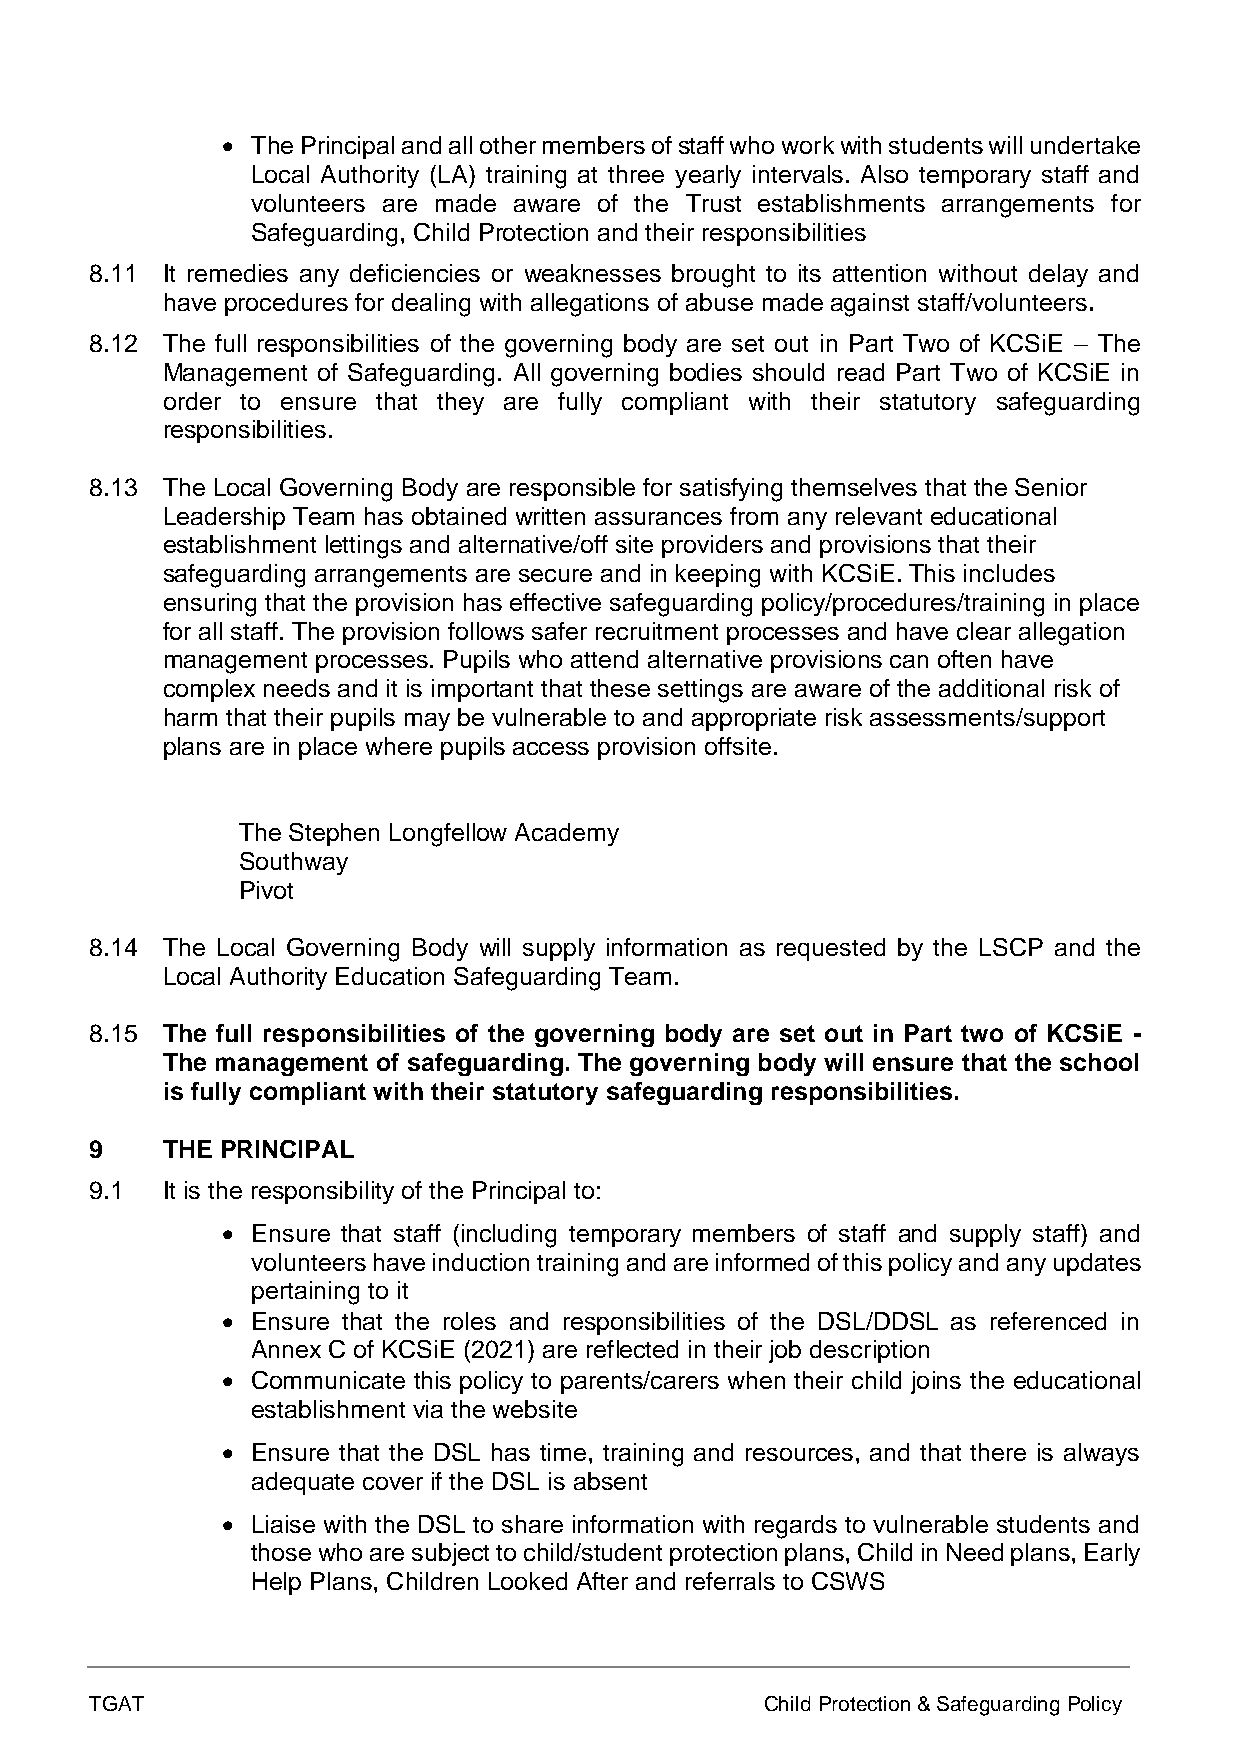
• The Principal and all other members of staff who work with students will undertake
 Local Authority (LA) training at three yearly intervals. Also temporary staff and
 volunteers are made aware of the Trust establishments arrangements for
 Safeguarding, Child Protection and their responsibilities
 8.11 It remedies any deficiencies or weaknesses brought to its attention without delay and
 have procedures for dealing with allegations of abuse made against staff/volunteers.
 8.12 The full responsibilities of the governing body are set out in Part Two of KCSiE – The
 Management of Safeguarding. All governing bodies should read Part Two of KCSiE in
 order to ensure that they are fully compliant with their statutory safeguarding
 responsibilities.
 8.13 The Local Governing Body are responsible for satisfying themselves that the Senior
 Leadership Team has obtained written assurances from any relevant educational
 establishment lettings and alternative/off site providers and provisions that their
 safeguarding arrangements are secure and in keeping with KCSiE. This includes
 ensuring that the provision has effective safeguarding policy/procedures/training in place
 for all staff. The provision follows safer recruitment processes and have clear allegation
 management processes. Pupils who attend alternative provisions can often have
 complex needs and it is important that these settings are aware of the additional risk of
 harm that their pupils may be vulnerable to and appropriate risk assessments/support
 plans are in place where pupils access provision offsite.
 The Stephen Longfellow Academy
 Southway
 Pivot
 8.14 The Local Governing Body will supply information as requested by the LSCP and the
 Local Authority Education Safeguarding Team.
 8.15 The full responsibilities of the governing body are set out in Part two of KCSiE -
 The management of safeguarding. The governing body will ensure that the school
 is fully compliant with their statutory safeguarding responsibilities.
 9    THE PRINCIPAL
 9.1  It is the responsibility of the Principal to:
 • Ensure that staff (including temporary members of staff and supply staff) and
 volunteers have induction training and are informed of this policy and any updates
 pertaining to it
 • Ensure that the roles and responsibilities of the DSL/DDSL as referenced in
 Annex C of KCSiE (2021) are reflected in their job description
 • Communicate this policy to parents/carers when their child joins the educational
 establishment via the website
 • Ensure that the DSL has time, training and resources, and that there is always
 adequate cover if the DSL is absent
 • Liaise with the DSL to share information with regards to vulnerable students and
 those who are subject to child/student protection plans, Child in Need plans, Early
 Help Plans, Children Looked After and referrals to CSWS
 TGAT                                         Child Protection & Safeguarding Policy